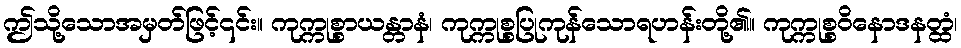
ဤသို့သောအမှတ်ဖြင့်၎င်း။ ကုက္ကုစ္စာယန္တာနံ၊ ကုက္ကုစ္စပြုကုန်သောရဟန်းတို့၏။ ကုက္ကုစ္စဝိနောဒနတ္ထံ၊